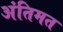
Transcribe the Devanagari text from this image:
अंतिमत